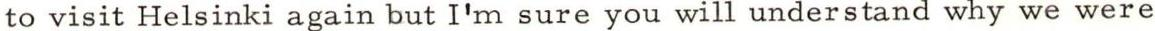
to visit Helsinki again but I'm sure you will understand why we were